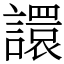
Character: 譞